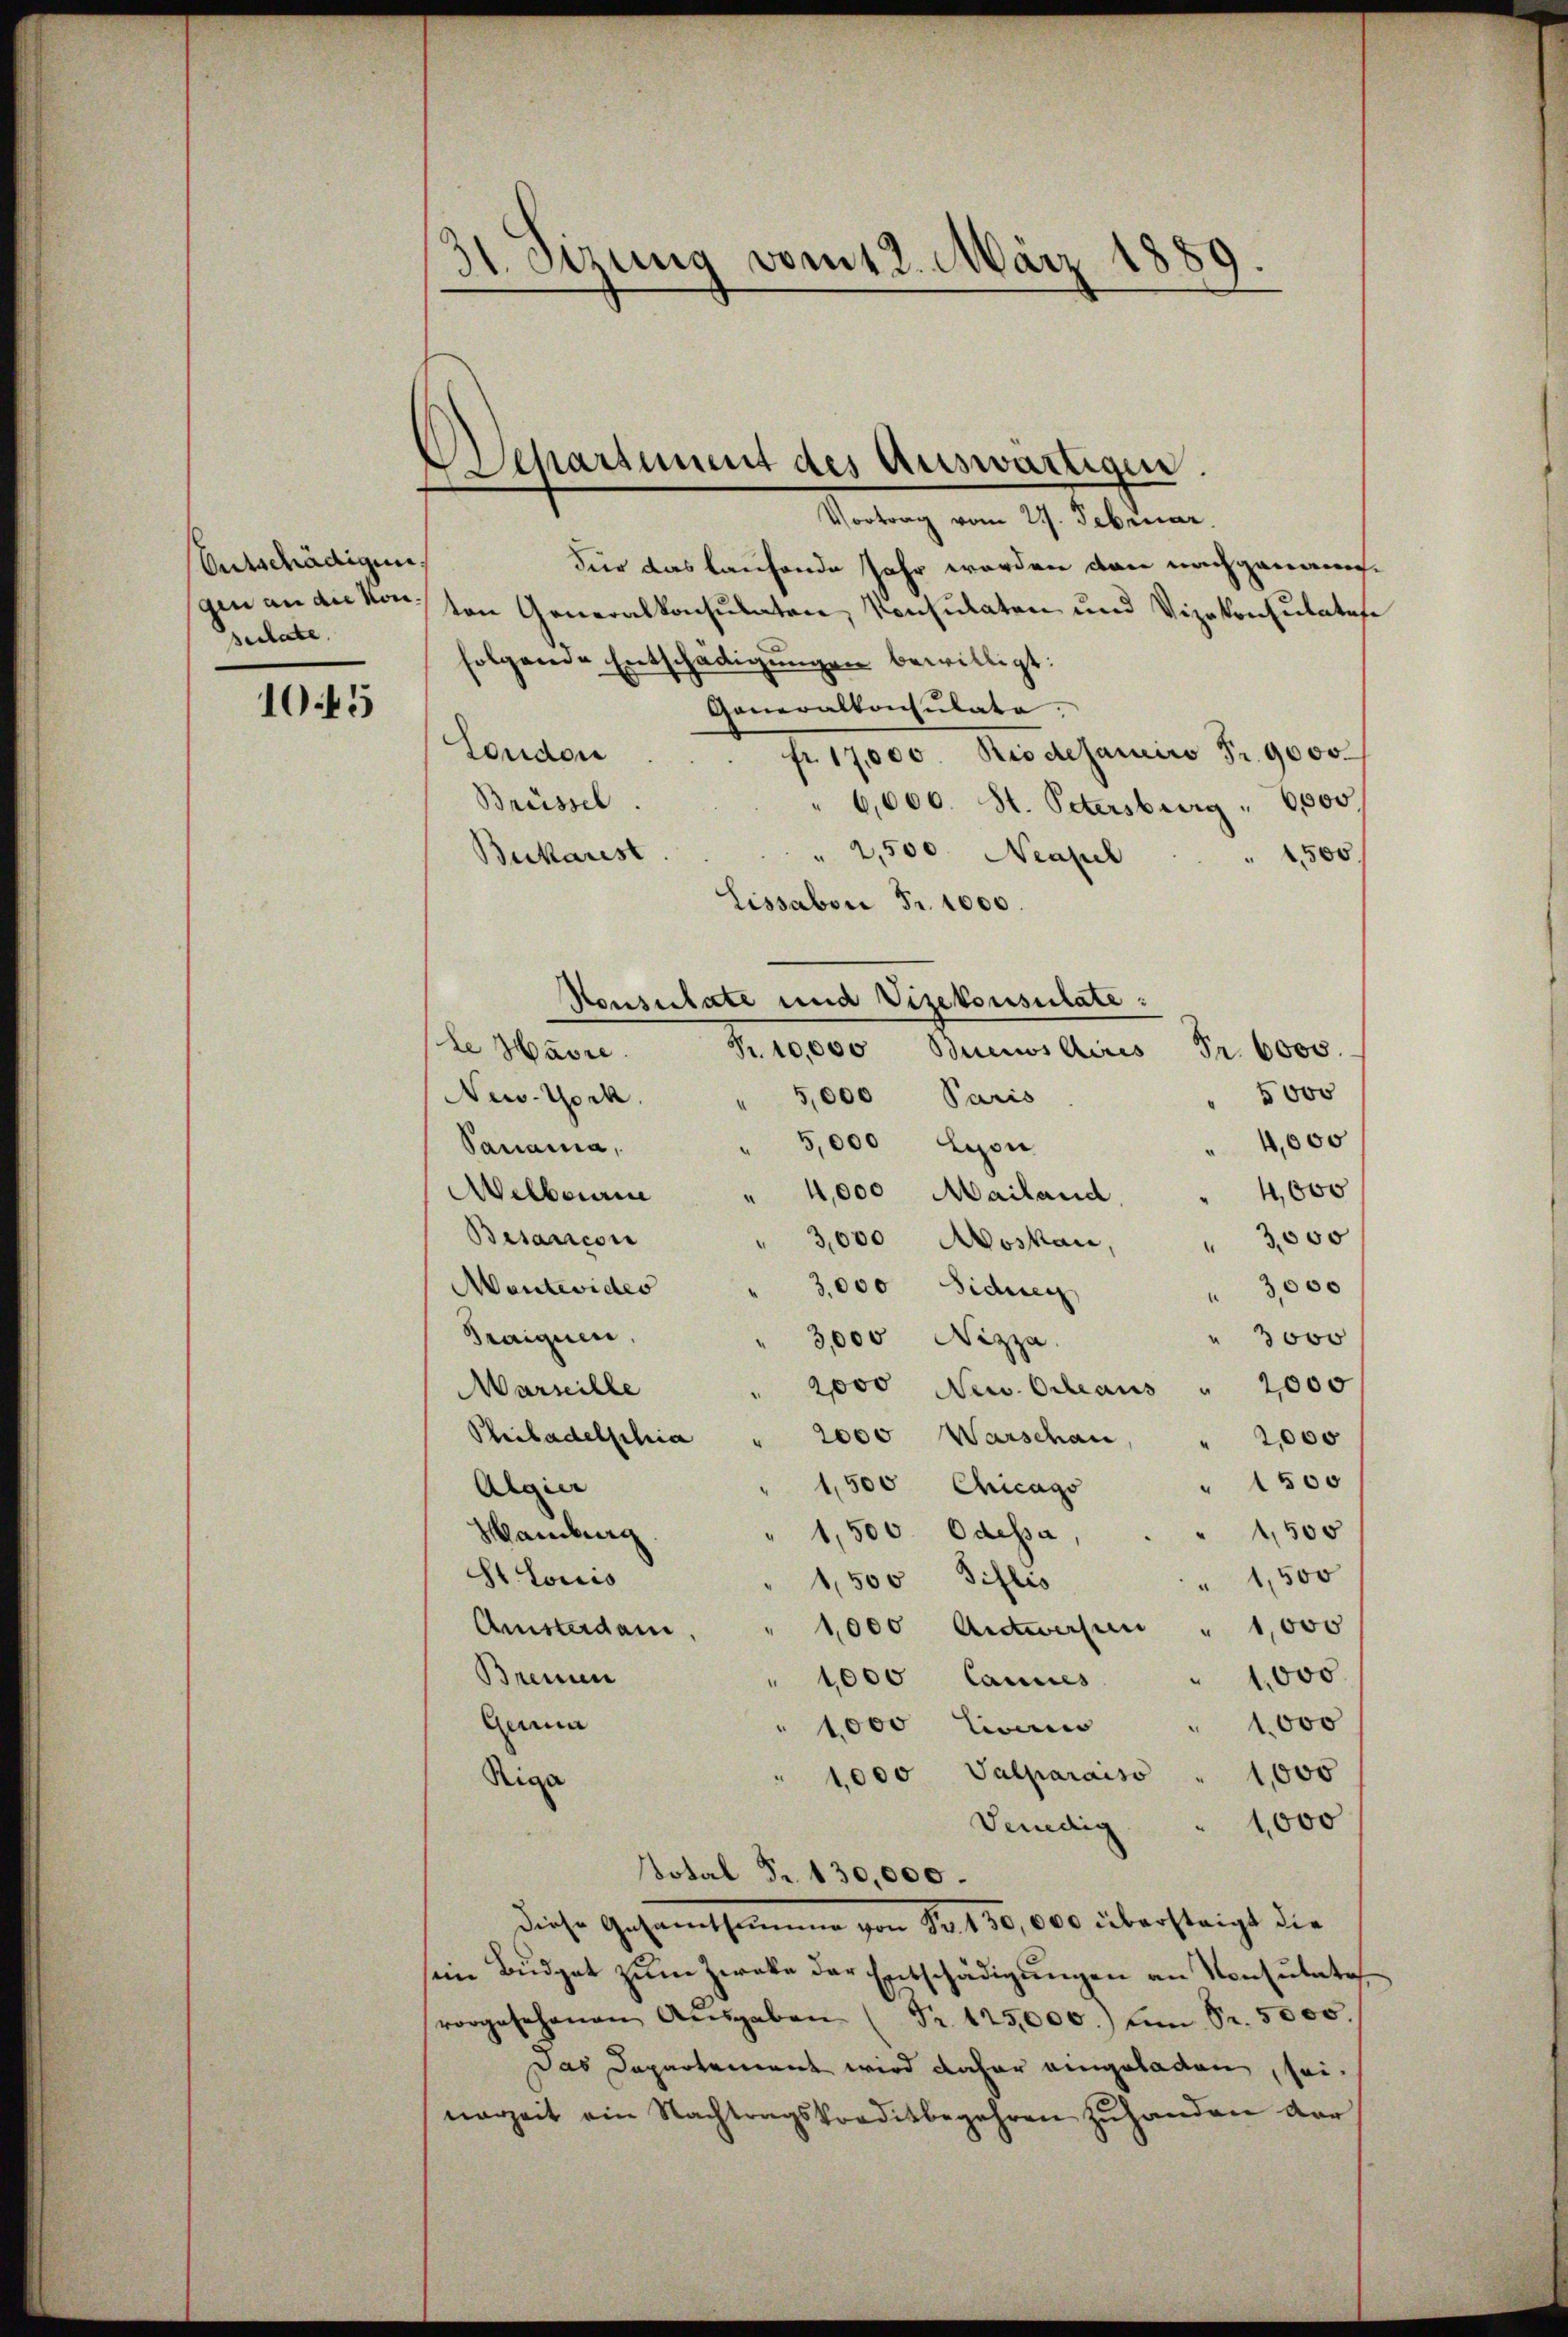
Entschädigung
gen an die Konsulate.

10.45

31. Sitzung vom 12. März 188

Separtement des Auswärtigen.
Vortrag vom 27. Februar.

Für das laufende Jahr werden den nachgenannten Generalkonsulaten, Konsulaten und Vizekonsulatafe
folgende Entschädigungen bewilligt:
Generalkonsulate
London
fr. 17,000 Riodesauirs Fr. 9000
Brüssel
" 6,000. St. Petersburg " 6000.
 2,500. Neapel
Bukarest
 4,500
Lissabon Fr. 1000.
Konsulate und Vizekonsulate:
le Havre
Fr. 10,000 Buenos Aires Fr. 6000.
5000
New-York
" 5,000 Paris
500
" 5,000 Lyon
Panama,
4,000
Welbourne
4,000 Mailand
Besaricon
3,000 Moskau,
3,000
Mantevideo
3,000 Siduen
3,000
Praiquen
" 3000
3,000 Nizza.
2000 New. Ocheaus " 2000
Marseille
Philadelphia
2000 Warschan, " 2,000
1500
1,500 Chicago
Algier
1,500. Odessa,
Hamburg
2500
St. Louis
" 1,500
1,500 Siflis
Amstadam,
1,000 Antworfen " 1,000
Bremen
" 1000 Cances " 1000
Lema
" 1000
" 1000 Eiwei
1,000 Valparaiso " 1,000
Riga
1000
Venedig
Total Fr. 130,000.
diese Gesamtsamme von Nr. 450,000 übersteigt die
sein Budget zum Zwecke der Entschädigungen an Konsutate
rorgesehenen Aŭsgaben (Fr. 125,000.) an Sr. 5000
Das Departement wird daher eingeladen, sei.
narzeit ein Nachtragskreditbegehren zŭ handen der